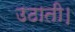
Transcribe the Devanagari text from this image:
उठाती।